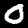
Label: 0